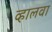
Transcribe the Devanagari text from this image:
व्हालवा